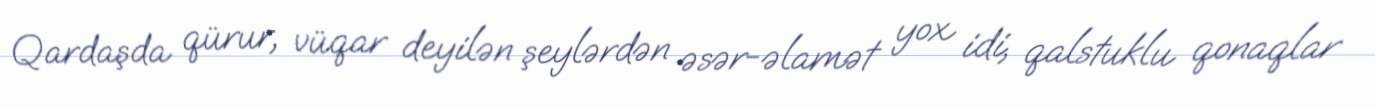
Qardaşda qürur, vüqar deyilən şeylərdən əsər-əlamət yox idi, qalstuklu qonaqlar